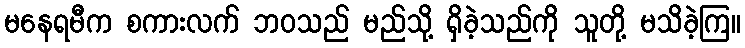
မနေရမီက စကားလက် ဘဝသည် မည်သို့ ရှိခဲ့သည်ကို သူတို့ မသိခဲ့ကြ။